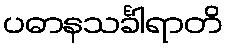
ပဓာနသင်္ခါရာတိ